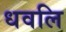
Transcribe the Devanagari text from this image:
धवलि